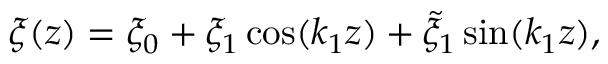
\xi ( z ) = \xi _ { 0 } + \xi _ { 1 } \cos ( k _ { 1 } z ) + \tilde { \xi } _ { 1 } \sin ( k _ { 1 } z ) ,